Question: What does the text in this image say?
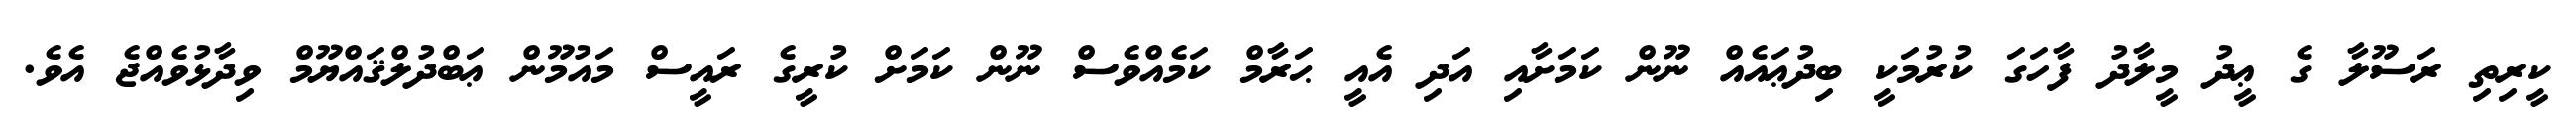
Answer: ކީރިތި ރަސޫލާ ގެ ޢީދު މީލާދު ފާހަގަ ކުރުމަކީ ބިދުޢައެއް ނޫން ކަމަށާއި އަދި އެއީ ޙަރާމް ކަމެއްވެސް ނޫން ކަމަށް ކުރީގެ ރައީސް މައުމޫން ޢަބްދުލްޤައްޔޫމް ވިދާޅުވެއްޖެ އެވެ.